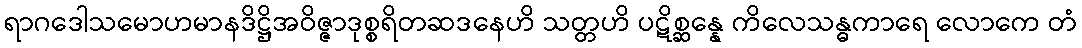
ရာဂဒေါသမောဟမာနဒိဋ္ဌိအဝိဇ္ဇာဒုစ္စရိတဆဒနေဟိ သတ္တဟိ ပဋိစ္ဆန္နေ ကိလေသန္ဓကာရေ လောကေ တံ